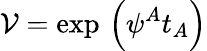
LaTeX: \mathcal{V}=\exp\, \left(\psi^{A}t_{A}\right)